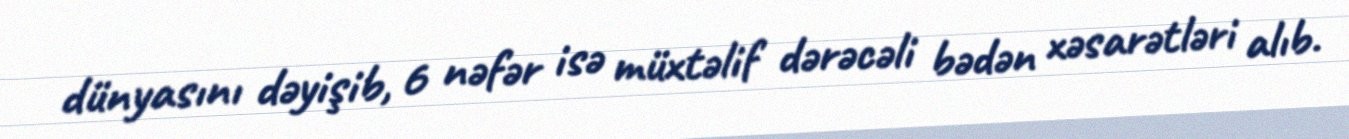
dünyasını dəyişib, 6 nəfər isə müxtəlif dərəcəli bədən xəsarətləri alıb.